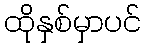
ထိုနှစ်မှာပင်